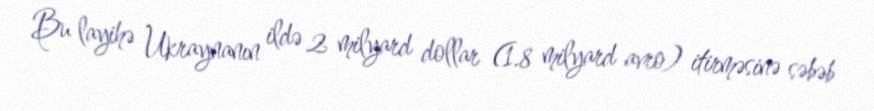
Bu layihə Ukraynanın ildə 2 milyard dollar (1.8 milyard avro) itirməsinə səbəb